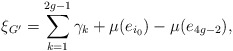
\begin{align*}\xi_{G^{\prime}}=\sum_{k=1}^{2g-1}\gamma_k+\mu(e_{i_0})-\mu(e_{4g-2}),\end{align*}